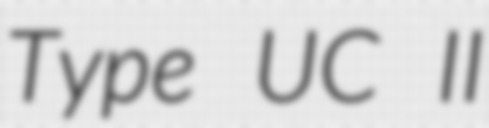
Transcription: Type UC II